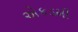
એકડમી